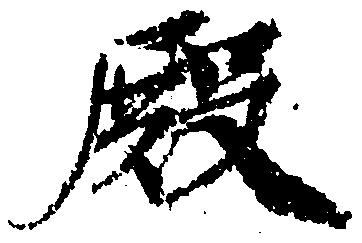
殿